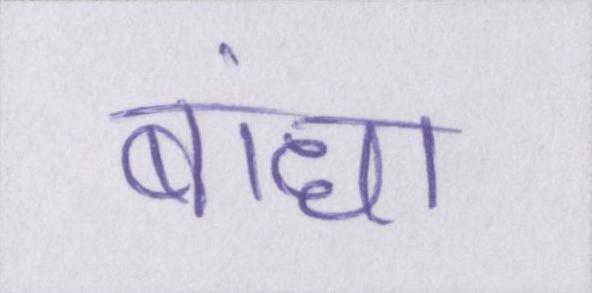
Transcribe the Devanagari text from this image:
बांधा